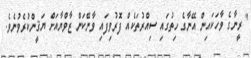
" ރީނާގެ ވާހަކައިން އޭނާގެ ހިތުގައި ސިއްރުތަކެއް ފޮރުވިފައި ވާނޭކަން ޒާވްޔާއަށް ޔަޤީންކުރެވުނެވެ.